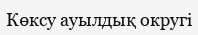
Көксу ауылдық округі